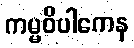
ကမ္မဝိပါကေန